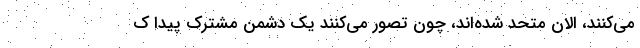
می‌کنند، الان متحد شده‌اند، چون تصور می‌کنند یک دشمن مشترک پیدا ک